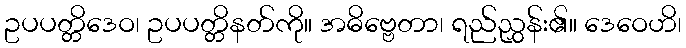
ဥပပတ္တိဒေဝ၊ ဥပပတ္တိနတ်ကို။ အဓိဗ္ဗေတာ၊ ရည်ညွှန်း၏။ ဒေဝေဟိ၊